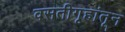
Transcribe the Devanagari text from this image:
वसतीगृहांतून